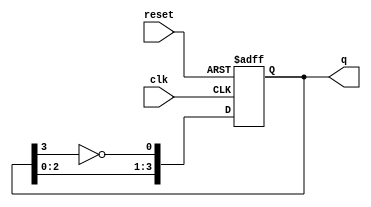
module johnson_counter(
    input wire clk,
    input wire reset,
    output reg [3:0] q
);

reg [3:0] next_q;

always @(posedge clk or posedge reset) begin
    if (reset) begin
        q <= 4'b0001;
    end else begin
        q <= next_q;
    end
end

always @(*) begin
    next_q[0] = ~q[3];
    next_q[1] = q[0];
    next_q[2] = q[1];
    next_q[3] = q[2];
end

endmodule